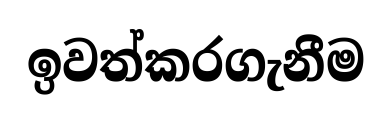
ඉවත්කරගැනීම